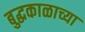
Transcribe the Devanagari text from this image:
बुद्धकाळाच्या